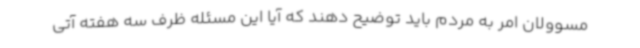
مسوولان امر به مردم باید توضیح دهند که آیا این مسئله ظرف سه هفته آتی